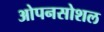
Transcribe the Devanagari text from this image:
ओपनसोशल